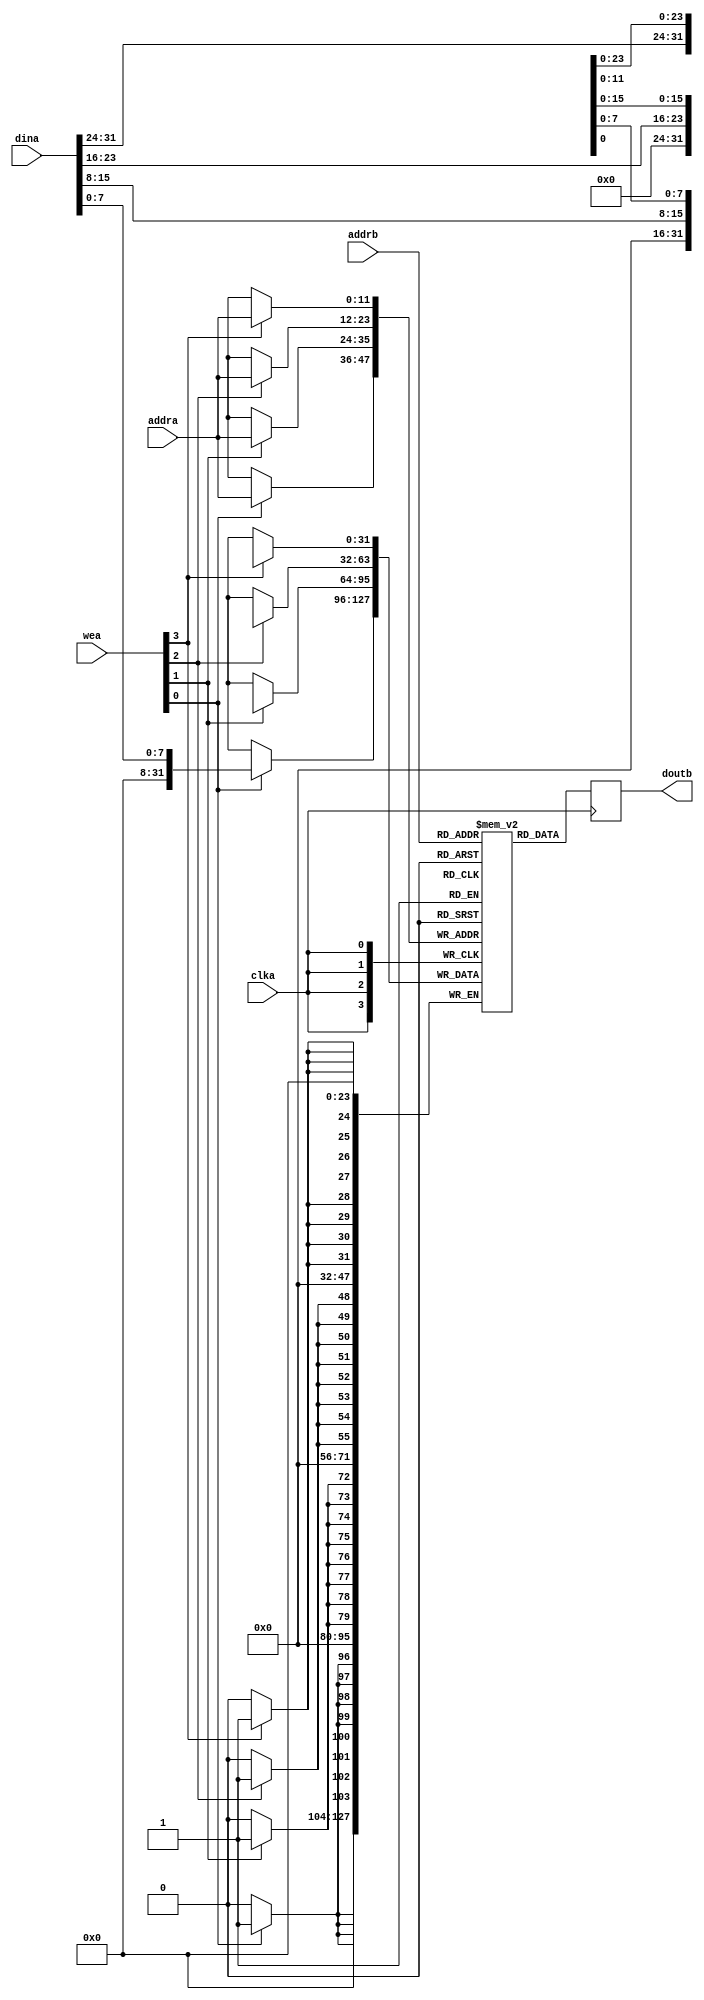
module Block_RAM #(
    parameter ADDR_WIDTH = 12
  ) (
    input clka,
    input [ADDR_WIDTH - 1: 0] addra,
    input [ADDR_WIDTH - 1: 0] addrb,
    input [31: 0] dina,
    input [3: 0] wea,
    output reg [31: 0] doutb
  );

  (* ram_style = "block" *) reg [31: 0] mem [(2 ** ADDR_WIDTH - 1): 0];

  always@(posedge clka)
    begin
      if (wea[0])
        mem[addra][7: 0] <= dina[7: 0];
    end
  always@(posedge clka)
    begin
      if (wea[1])
        mem[addra][15: 8] <= dina[15: 8];
    end
  always@(posedge clka)
    begin
      if (wea[2])
        mem[addra][23: 16] <= dina[23: 16];
    end
  always@(posedge clka)
    begin
      if (wea[3])
        mem[addra][31: 24] <= dina[31: 24];
    end

  always@(posedge clka)
    begin
      doutb <= mem[addrb];
    end

endmodule